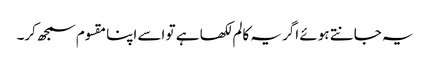
یہ جانتے ہوئے اگر یہ کالم لکھا ہے تو اسے اپنا مقسوم سمجھ کر۔